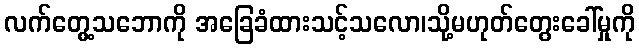
လက်တွေ့သဘောကို အခြေခံထားသင့်သလော၊သို့မဟုတ်တွေးခေါ်မှုကို